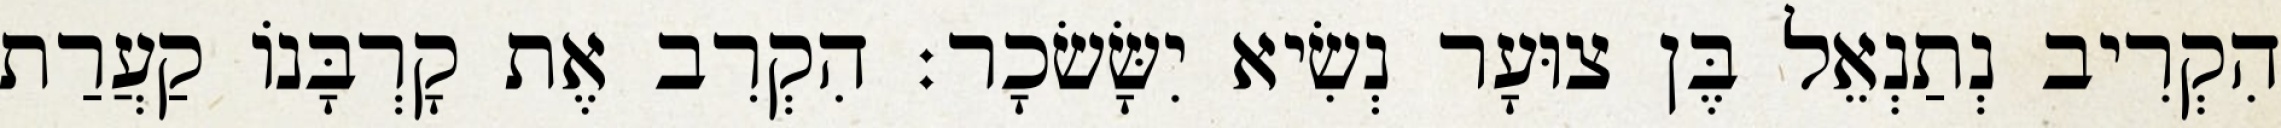
הִקְרִיב נְתַנְאֵל בֶּן צוּעָר נְשִׂיא יִשָּׂשׂכָר׃ הִקְרִב אֶת קָרְבָּנוֹ קַעֲרַת